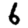
Digit: 6